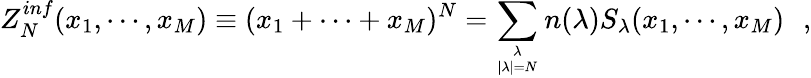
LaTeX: Z_{N}^{inf}(x_{1},\cdots,x_{M})\equiv(x_{1}+\cdots+x_{M})^{N}=\sum_{{\lambda\atop|\lambda|=N}}n(\lambda)S_{\lambda}(x_{1},\cdots,x_{M})\, \, \, \, ,